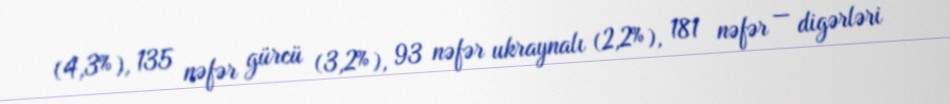
(4,3%), 135 nəfər gürcü (3,2%), 93 nəfər ukraynalı (2,2%), 181 nəfər — digərləri